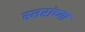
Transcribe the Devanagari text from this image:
स्तरांच्या